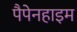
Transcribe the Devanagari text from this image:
पैपेनहाइम